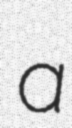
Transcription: a